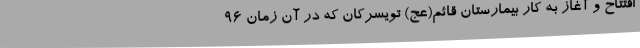
افتتاح و آغاز به کار بیمارستان قائم(عج) تویسرکان که در آن زمان 96